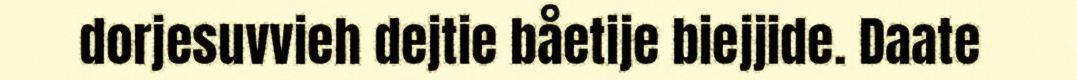
dorjesuvvieh dejtie båetije biejjide. Daate